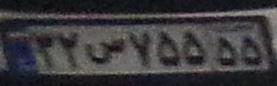
۳۲س۷۵۵۵۵